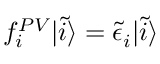
\begin{array} { r } { f _ { i } ^ { P V } | \tilde { i } \rangle = \tilde { \epsilon } _ { i } | \tilde { i } \rangle } \end{array}